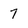
Character: 7